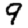
Digit: 9